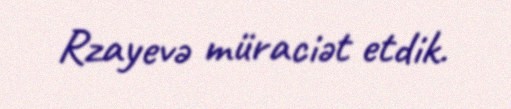
Rzayevə müraciət etdik.